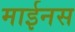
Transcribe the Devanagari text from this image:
माईनस